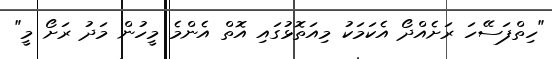
"ހިތްފަސޭހަ ރަށެއްދޯ އެކަމަކު މިއަތޮޅުގައި އޮތް އެންމެ މީހުން މަދު ރަށޯ މީ"